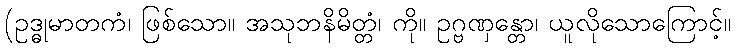
(ဥဒ္ဓုမာတကံ၊ ဖြစ်သော။ အသုဘနိမိတ္တံ၊ ကို။ ဥဂ္ဗဏှန္တော၊ ယူလိုသောကြောင့်။